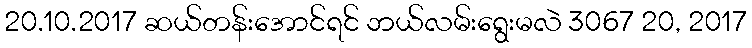
20.10.2017 ဆယ်တန်းအောင်ရင် ဘယ်လမ်းရွေးမလဲ 3067 20, 2017